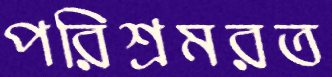
পরিশ্রমরত